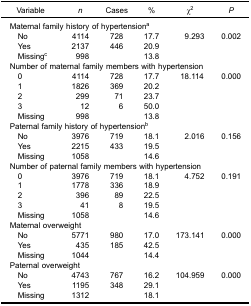
<table><thead><tr><td><b>Variable</b></td><td><b><i>n</i></b></td><td><b>Cases</b></td><td><b>%</b></td><td><b>χ<sup>2</sup></b></td><td><b><i>P</i></b></td></tr></thead><tbody><tr><td colspan="6">Maternal family history of hypertension<sup>a</sup></td></tr><tr><td> No</td><td>4114</td><td>728</td><td>17.7</td><td>9.293</td><td>0.002</td></tr><tr><td> Yes</td><td>2137</td><td>446</td><td>20.9</td><td> </td><td> </td></tr><tr><td> Missing<sup>c</sup></td><td>998</td><td> </td><td>13.8</td><td> </td><td> </td></tr><tr><td colspan="6">Number of maternal family members with hypertension</td></tr><tr><td> 0</td><td>4114</td><td>728</td><td>17.7</td><td>18.114</td><td>0.000</td></tr><tr><td> 1</td><td>1826</td><td>369</td><td>20.2</td><td> </td><td> </td></tr><tr><td> 2</td><td>299</td><td>71</td><td>23.7</td><td> </td><td> </td></tr><tr><td> 3</td><td>12</td><td>6</td><td>50.0</td><td> </td><td> </td></tr><tr><td> Missing</td><td>998</td><td> </td><td>13.8</td><td> </td><td> </td></tr><tr><td colspan="6">Paternal family history of hypertension<sup>b</sup></td></tr><tr><td> No</td><td>3976</td><td>719</td><td>18.1</td><td>2.016</td><td>0.156</td></tr><tr><td> Yes</td><td>2215</td><td>433</td><td>19.5</td><td> </td><td> </td></tr><tr><td> Missing</td><td>1058</td><td> </td><td>14.6</td><td> </td><td> </td></tr><tr><td colspan="6">Number of paternal family members with hypertension</td></tr><tr><td> 0</td><td>3976</td><td>719</td><td>18.1</td><td>4.752</td><td>0.191</td></tr><tr><td> 1</td><td>1778</td><td>336</td><td>18.9</td><td> </td><td> </td></tr><tr><td> 2</td><td>396</td><td>89</td><td>22.5</td><td> </td><td> </td></tr><tr><td> 3</td><td>41</td><td>8</td><td>19.5</td><td> </td><td> </td></tr><tr><td> Missing</td><td>1058</td><td> </td><td>14.6</td><td> </td><td> </td></tr><tr><td colspan="6">Maternal overweight</td></tr><tr><td> No</td><td>5771</td><td>980</td><td>17.0</td><td>173.141</td><td>0.000</td></tr><tr><td> Yes</td><td>435</td><td>185</td><td>42.5</td><td> </td><td> </td></tr><tr><td> Missing</td><td>1044</td><td> </td><td>14.4</td><td> </td><td> </td></tr><tr><td colspan="6">Paternal overweight</td></tr><tr><td> No</td><td>4743</td><td>767</td><td>16.2</td><td>104.959</td><td>0.000</td></tr><tr><td> Yes</td><td>1195</td><td>348</td><td>29.1</td><td> </td><td> </td></tr><tr><td> Missing</td><td>1312</td><td> </td><td>18.1</td><td> </td><td> </td></tr></tbody></table>